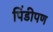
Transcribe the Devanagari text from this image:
पिंडीपण